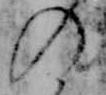
の